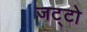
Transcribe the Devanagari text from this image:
जट्टो